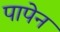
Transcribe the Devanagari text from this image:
पापेन